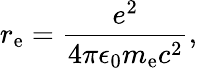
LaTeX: r_{\mathrm{e}}={\frac{e^{2}}{4\pi\epsilon_{0}m_{\mathrm{e}}c^{2}}},